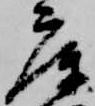
庫